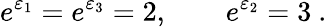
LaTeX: e^{\varepsilon_{1}}=e^{\varepsilon_{3}}=2,\qquad e^{\varepsilon_{2}}=3~.